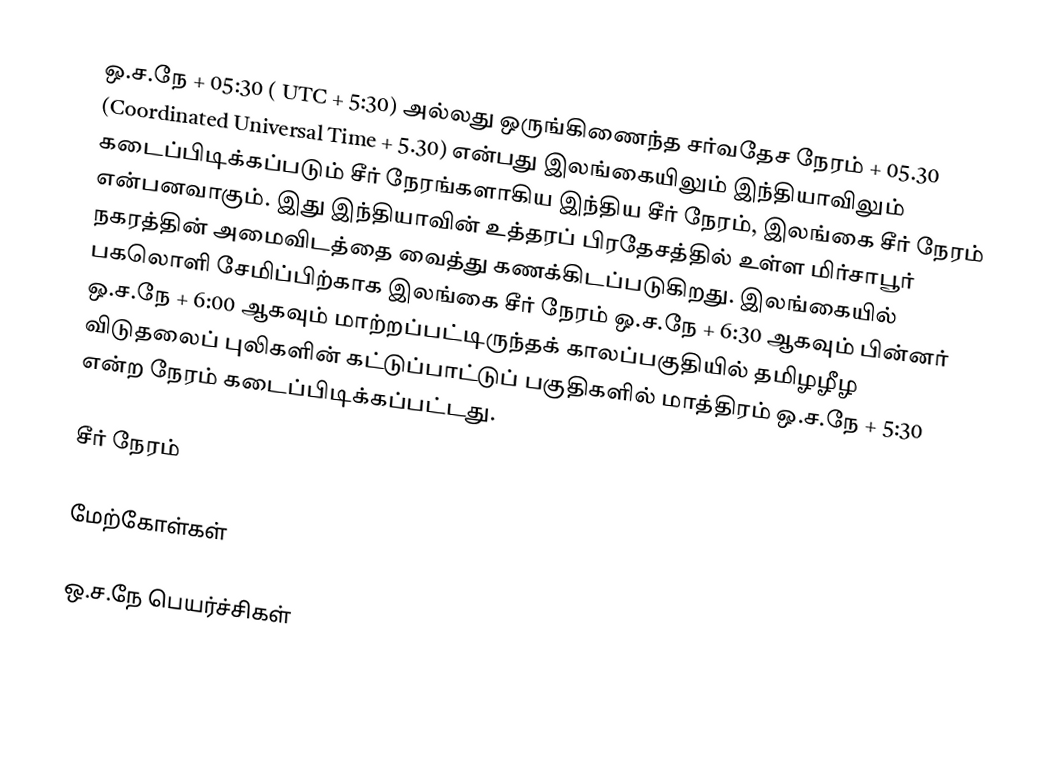
ஒ.ச.நே + 05:30 ( UTC + 5:30) அல்லது ஒருங்கிணைந்த சர்வதேச நேரம் + 05.30 (Coordinated Universal Time + 5.30) என்பது இலங்கையிலும் இந்தியாவிலும் கடைப்பிடிக்கப்படும் சீர் நேரங்களாகிய இந்திய சீர் நேரம், இலங்கை சீர் நேரம் என்பனவாகும். இது இந்தியாவின் உத்தரப் பிரதேசத்தில் உள்ள மிர்சாபூர் நகரத்தின் அமைவிடத்தை வைத்து கணக்கிடப்படுகிறது. இலங்கையில் பகலொளி சேமிப்பிற்காக இலங்கை சீர் நேரம் ஒ.ச.நே + 6:30 ஆகவும் பின்னர் ஒ.ச.நே + 6:00 ஆகவும் மாற்றப்பட்டிருந்தக் காலப்பகுதியில் தமிழழீழ விடுதலைப் புலிகளின் கட்டுப்பாட்டுப் பகுதிகளில் மாத்திரம் ஒ.ச.நே + 5:30 என்ற நேரம் கடைப்பிடிக்கப்பட்டது.

சீர் நேரம்

மேற்கோள்கள்

ஒ.ச.நே பெயர்ச்சிகள்